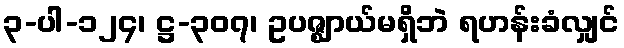
၃-ပါ-၁၂၄၊ ဋ္ဌ-၃၀၇၊ ဥပဇ္ဈာယ်မရှိဘဲ ရဟန်းခံလျှင်